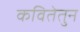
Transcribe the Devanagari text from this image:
कवितेतुन